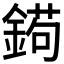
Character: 𨩦